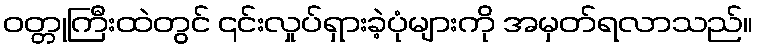
ဝတ္တုကြီးထဲတွင် ၎င်းလှုပ်ရှားခဲ့ပုံများကို အမှတ်ရလာသည်။